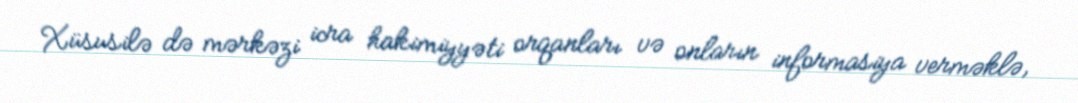
Xüsusilə də mərkəzi icra hakimiyyəti orqanları və onların informasiya verməklə,